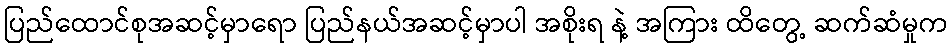
ပြည်ထောင်စုအဆင့်မှာရော ပြည်နယ်အဆင့်မှာပါ အစိုးရ နဲ့ အကြား ထိတွေ့ ဆက်ဆံမှုက